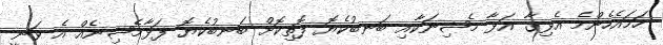
ހަމައެހެންމެ އެޅިގާ އަޅާ މެޝިނަކާއި ބަނބުކެޔޮ ފޮތިކޮށް ބަނބުކެޔޮ ފަޅާމެޝިނެއް އެ ވަނީ